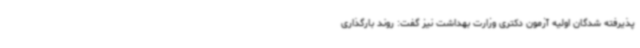
پذیرفته شدگان اولیه آزمون دکتری وزارت بهداشت نیز گفت: روند بارگذاری